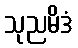
သုညမိဒံ